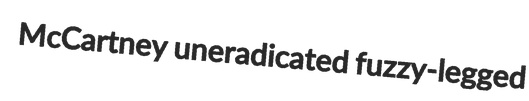
McCartney uneradicated fuzzy-legged